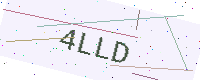
Text: 4LLD